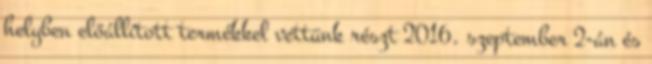
helyben előállított termékkel vettünk részt 2016. szeptember 2-án és